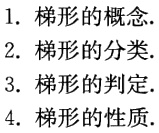
1. 梯形的概念.
2. 梯形的分类.
3. 梯形的判定.
4. 梯形的性质.